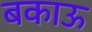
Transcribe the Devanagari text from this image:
बकाऊ